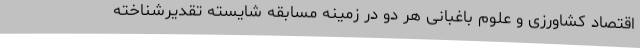
اقتصاد کشاورزی و علوم باغبانی هر دو در زمینه مسابقه شایسته تقدیرشناخته